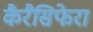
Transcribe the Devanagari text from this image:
कैरैसिफेरा